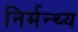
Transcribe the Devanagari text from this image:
निर्मन्थ्य